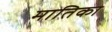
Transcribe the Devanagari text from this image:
मातिका